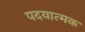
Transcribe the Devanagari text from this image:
पदयात्मक